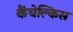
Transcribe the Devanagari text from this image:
कैंचेल्किस